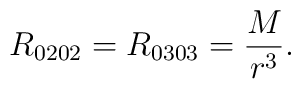
R_{0202}=R_{0303}=\frac M{r^3}.